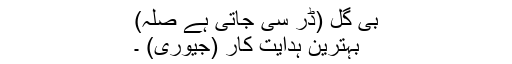
بی گل (ڈر سی جاتی ہے صلہ)
بہترین ہدایت کار (جیوری) ۔